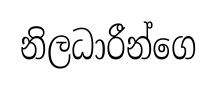
නිලධාරීන්ගෙ